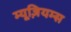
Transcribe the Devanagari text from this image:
म्यूज़ियम्स